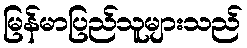
မြန်မာပြည်သူများသည်